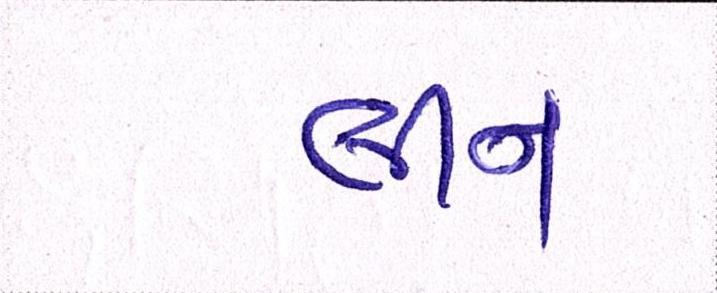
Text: લીન